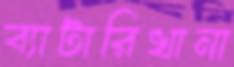
ব্যাটারিখানা